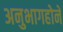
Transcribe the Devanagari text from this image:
अनुभागहोने